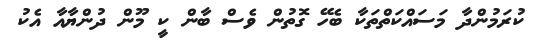
ކުރަމުންދާ މަސައްކަތްތަކާ ބެހޭ ގޮތުން ވެސް ބާން ކީ މޫން ދުންޔާއާ އެކު